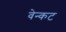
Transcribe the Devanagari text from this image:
वेन्कट